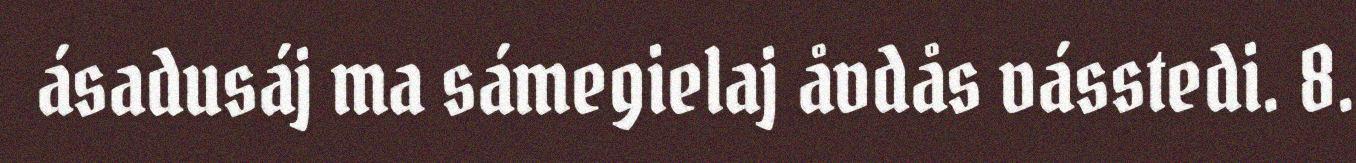
ásadusáj ma sámegielaj åvdås vásstedi. 8.